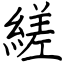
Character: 縒